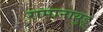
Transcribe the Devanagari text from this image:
रामानायुडू